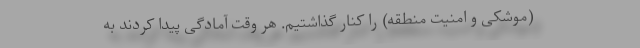
(موشکی و امنیت منطقه) را کنار گذاشتیم. هر وقت آمادگی پیدا کردند به